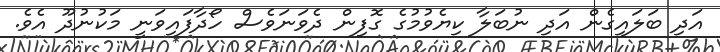
އަދި ބަލައިގެން އަދި ނުބަލާ ކިޔެވުމުގެ ގޮފިން ދެވަނަވެސް ހޯދާފައިވަނީ މަކުނުދޫ އެވެ.